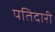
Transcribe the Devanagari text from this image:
पतिदारी